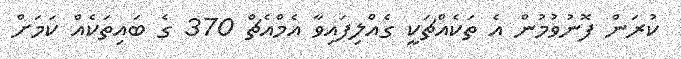
ކުރަން ފޮނުވުމުން އެ ތަކެއްޗަކީ ގެއްލިފައިވާ އެމްއެޗް 370 ގެ ބައިތަކެއް ކަމަށް